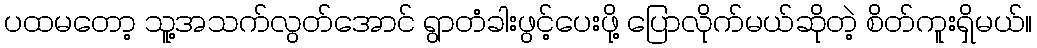
ပထမတော့ သူ့အသက်လွတ်အောင် ရွာတံခါးဖွင့်ပေးဖို့ ပြောလိုက်မယ်ဆိုတဲ့ စိတ်ကူးရှိမယ်။